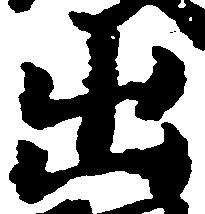
出